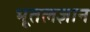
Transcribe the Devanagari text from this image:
भूतलज्ञान